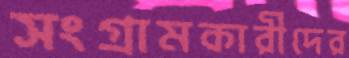
সংগ্রামকারীদের